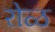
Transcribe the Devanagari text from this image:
रोळ